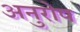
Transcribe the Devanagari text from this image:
अनुरोप